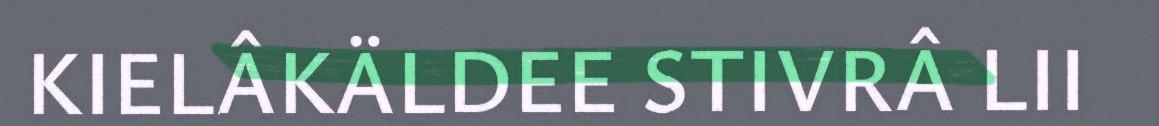
KIELÂKÄLDEE STIVRÂ LII